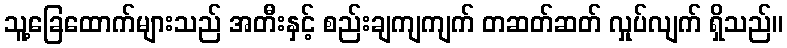
သူ့ခြေထောက်များသည် အတီးနှင့် စည်းချကျကျက် တဆတ်ဆတ် လှုပ်လျက် ရှိသည်။